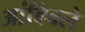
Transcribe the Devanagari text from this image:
आंबिवले